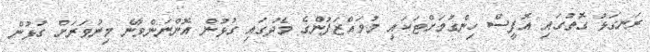
ރަނގަޅު ގޮތުގައި އޮފީސް ހިންގުމަށްޓަކައި މުވައްޒަފުންގެ މެދުގައި ގުޅުން އޮންނަންވާނެ މިންވަރަށް ގުޅުން